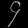
Digit: ၄